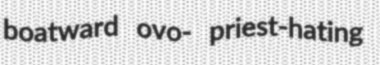
boatward ovo- priest-hating